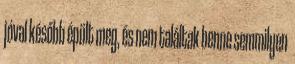
jóval később épült meg, és nem találtak benne semmilyen